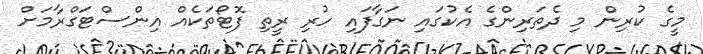
މީގެ ކުރިން މި ދެތަރިންގެ އެކުގައި ނަގާފައި ހުރި ރީތި ފޮޓޯތަކެއް އިންސްޓަގްރާމަށް